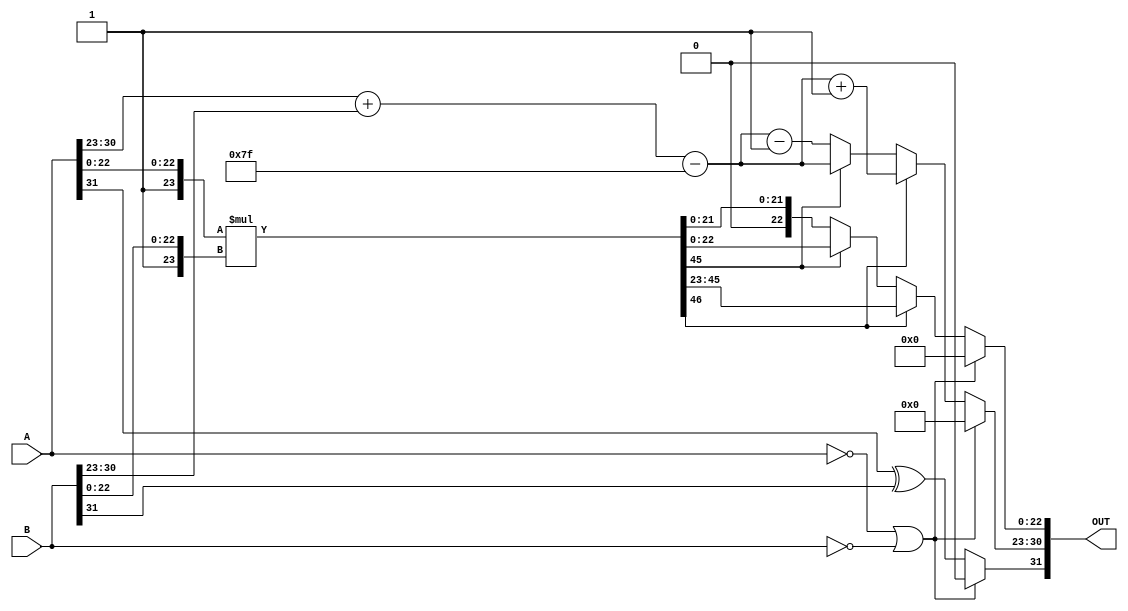
module floating_point_multiplier (
    input [31:0] A, // Input A
    input [31:0] B, // Input B
    output reg [31:0] OUT // Output result
);

    // Constants
    localparam BIAS = 8'd127;
    localparam EXPONENT_BITS = 8;
    localparam SIGNIFICAND_BITS = 23;

    // Decompose inputs
    wire S_A = A[31]; // Sign of A
    wire S_B = B[31]; // Sign of B
    wire [EXPONENT_BITS-1:0] E_A = A[30:23]; // Exponent of A
    wire [EXPONENT_BITS-1:0] E_B = B[30:23]; // Exponent of B
    wire [SIGNIFICAND_BITS-1:0] M_A = A[22:0]; // Significand of A
    wire [SIGNIFICAND_BITS-1:0] M_B = B[22:0]; // Significand of B

    // Sign Calculation
    wire S_OUT = S_A ^ S_B; // Output sign

    // Exponent Calculation
    wire [EXPONENT_BITS+1:0] E_OUT = (E_A + E_B) - BIAS; // Included overflow for normalization

    // Significand Multiplication
    wire [SIGNIFICAND_BITS*2:0] M_MULT = {1'b1, M_A} * {1'b1, M_B}; // Multiply significands with implicit leading 1

    // Normalization and rounding
    reg [EXPONENT_BITS+1:0] normalized_exponent;
    reg [SIGNIFICAND_BITS-1:0] normalized_significand;
    reg [1:0] shift_count;
    
    always @* begin
        // Initialize output to 0
        OUT = 32'd0;

        // Normalization
        if (M_MULT[SIGNIFICAND_BITS*2]) begin
            // Case: M_MULT >= 2 (shift right)
            normalized_exponent = E_OUT + 1;
            normalized_significand = M_MULT[SIGNIFICAND_BITS*2-1:SIGNIFICAND_BITS]; // Shift right
        end else if (M_MULT[SIGNIFICAND_BITS*2-1]) begin
            // Case: 1 <= M_MULT < 2 (no shift)
            normalized_exponent = E_OUT;
            normalized_significand = M_MULT[SIGNIFICAND_BITS-1:0]; // No shift
        end else begin
            // Case: M_MULT < 1 (shift left)
            normalized_exponent = E_OUT - 1;
            normalized_significand = M_MULT[SIGNIFICAND_BITS-2:0]; // Shift left
        end

        // Special case: Check for zero
        if (A == 32'd0 || B == 32'd0) begin
            OUT = 32'd0; // Result is zero if any input is zero
        end else begin
            // Assemble final output
            OUT[31] = S_OUT; // Sign
            OUT[30:23] = normalized_exponent[EXPONENT_BITS-1:0]; // Exponent
            OUT[22:0] = normalized_significand[SIGNIFICAND_BITS-1:0]; // Significand
        end
    end
    
endmodule